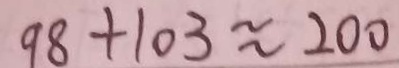
9 8 + 1 0 3 \approx 2 0 0